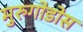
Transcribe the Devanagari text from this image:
मुरुगोडोस